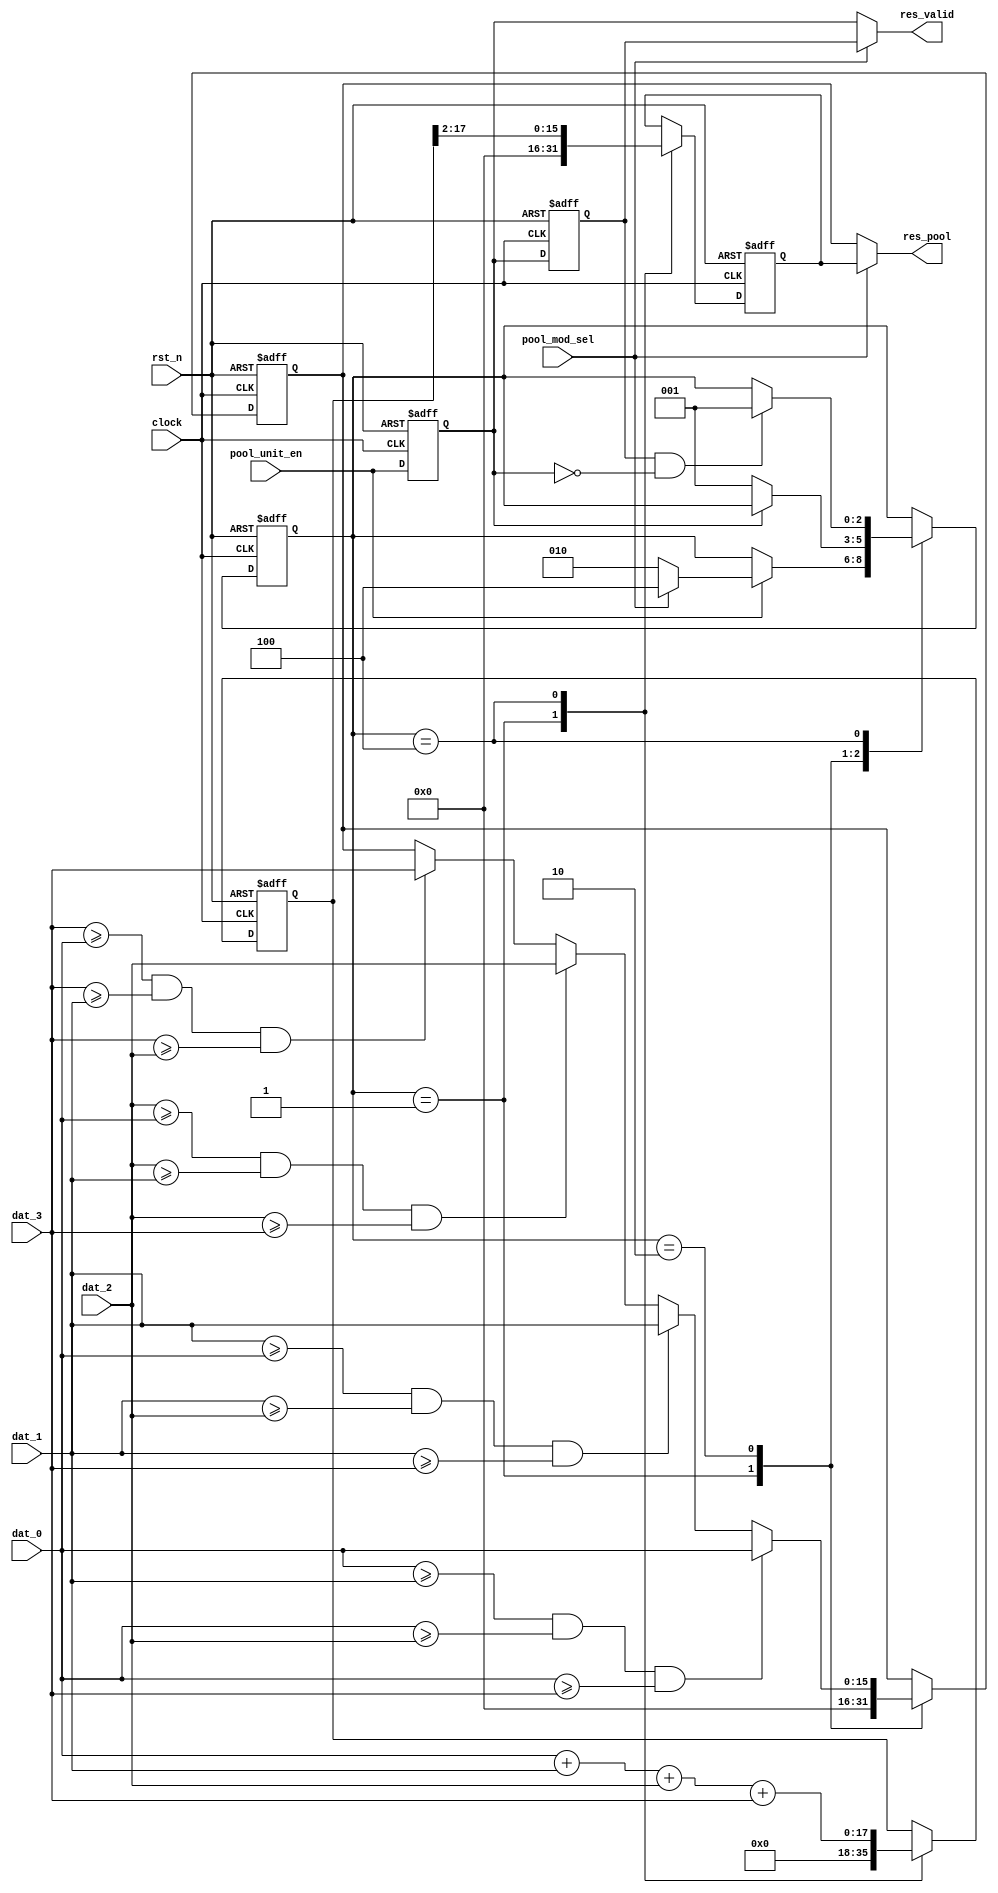
// Created date: 2019/12/19
// Creator: Xie Wenzhao

module dla_pool
#(parameter DATA_WID = 16)
    (
    input                        clock,
    input                        rst_n,
    input                        pool_unit_en,
    input                        pool_mod_sel,
    input  signed [DATA_WID-1:0] dat_0,
    input  signed [DATA_WID-1:0] dat_1,
    input  signed [DATA_WID-1:0] dat_2,
    input  signed [DATA_WID-1:0] dat_3,
    output                       res_valid,
    output signed [DATA_WID-1:0] res_pool
);

localparam TRUE  = 1,
           FALSE = 0;

localparam IDLE      = 'b001,
           MAX_POOL  = 'b010,
           AVER_POOL = 'b100;

reg        [2:0]          pool_state;
reg                       valid_delay_0,valid_delay_1;
reg signed [DATA_WID+1:0] aver_reg;
reg signed [DATA_WID-1:0] max_result;
reg signed [DATA_WID-1:0] aver_result;

assign res_pool  = pool_mod_sel ? aver_result : max_result;
assign res_valid = (pool_mod_sel==1) ? valid_delay_1 : valid_delay_0;

always@(posedge clock or negedge rst_n) begin
    if(!rst_n) begin
        max_result   <= 'b0;
        aver_result  <= 'b0;
        aver_reg     <= 'b0;
        pool_state   <= IDLE;
    end
    else begin 
        case(pool_state)
            IDLE: begin
                max_result   <= 'b0;
                aver_result  <= 'b0;
                aver_reg     <= 'b0;
                if(pool_unit_en == TRUE) begin
                    if(pool_mod_sel == 1) pool_state <= AVER_POOL;
                    else pool_state <= MAX_POOL;
                end
            end
            MAX_POOL: begin
                if     ((dat_0 >= dat_1)&&(dat_0 >= dat_2)&&(dat_0 >= dat_3)) max_result <= dat_0;
                else if((dat_1 >= dat_0)&&(dat_1 >= dat_2)&&(dat_1 >= dat_3)) max_result <= dat_1;
                else if((dat_2 >= dat_0)&&(dat_2 >= dat_1)&&(dat_2 >= dat_3)) max_result <= dat_2;
                else if((dat_3 >= dat_0)&&(dat_3 >= dat_1)&&(dat_3 >= dat_2)) max_result <= dat_3;
                if(valid_delay_0 == FALSE) begin
                    pool_state    <= IDLE;
                end
                // TODO: verification max pool
            end
            AVER_POOL: begin
                aver_reg    <= dat_0 + dat_1 + dat_2 + dat_3;
                aver_result <= aver_reg[17 -: 16];
                if((valid_delay_1 == TRUE)&&(valid_delay_0 == FALSE)) begin
                    pool_state    <= IDLE;
                end
            end
            default:;
        endcase
    end
end

always@(posedge clock or negedge rst_n) begin
    if(!rst_n) begin
        valid_delay_0 <= FALSE;
        valid_delay_1 <= FALSE;
    end
    else begin
        valid_delay_0 <= pool_unit_en;
        valid_delay_1 <= valid_delay_0;
    end
end

endmodule